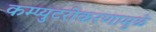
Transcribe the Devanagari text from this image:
कम्प्युटरीकरणामुळे